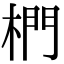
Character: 椚